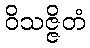
ဝိသဇ္ဇိတံ